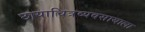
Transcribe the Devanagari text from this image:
छायाचित्रव्यवसायाला